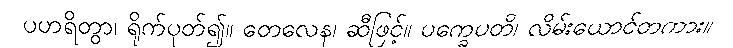
ပဟရိတွာ၊ ရိုက်ပုတ်၍။ တေလေန၊ ဆီဖြင့်။ ပက္ခေပတိ၊ လိမ်းယောင်တကား။